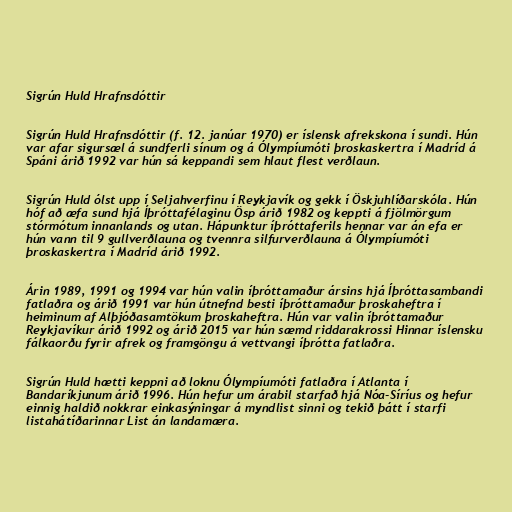
Sigrún Huld Hrafnsdóttir

Sigrún Huld Hrafnsdóttir (f. 12. janúar 1970) er íslensk afrekskona í sundi. Hún
var afar sigursæl á sundferli sínum og á Ólympíumóti þroskaskertra í Madríd á
Spáni árið 1992 var hún sá keppandi sem hlaut flest verðlaun.

Sigrún Huld ólst upp í Seljahverfinu í Reykjavík og gekk í Öskjuhlíðarskóla. Hún
hóf að æfa sund hjá Íþróttafélaginu Ösp árið 1982 og keppti á fjölmörgum
stórmótum innanlands og utan. Hápunktur íþróttaferils hennar var án efa er
hún vann til 9 gullverðlauna og tvennra silfurverðlauna á Ólympíumóti
þroskaskertra í Madríd árið 1992.

Árin 1989, 1991 og 1994 var hún valin íþróttamaður ársins hjá Íþróttasambandi
fatlaðra og árið 1991 var hún útnefnd besti íþróttamaður þroskaheftra í
heiminum af Alþjóðasamtökum þroskaheftra. Hún var valin íþróttamaður
Reykjavíkur árið 1992 og árið 2015 var hún sæmd riddarakrossi Hinnar íslensku
fálkaorðu fyrir afrek og framgöngu á vettvangi íþrótta fatlaðra.

Sigrún Huld hætti keppni að loknu Ólympíumóti fatlaðra í Atlanta í
Bandaríkjunum árið 1996. Hún hefur um árabil starfað hjá Nóa-Síríus og hefur
einnig haldið nokkrar einkasýningar á myndlist sinni og tekið þátt í starfi
listahátíðarinnar List án landamæra.